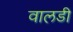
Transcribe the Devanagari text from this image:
वालडी